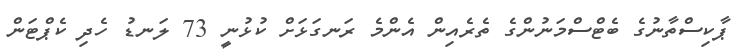
ޕާކިސްތާނުގެ ބެޓްސްމަނުންގެ ތެރެއިން އެންމެ ރަނގަޅަށް ކުޅުނީ 73 ލަނޑު ހެދި ކެޕްޓަން